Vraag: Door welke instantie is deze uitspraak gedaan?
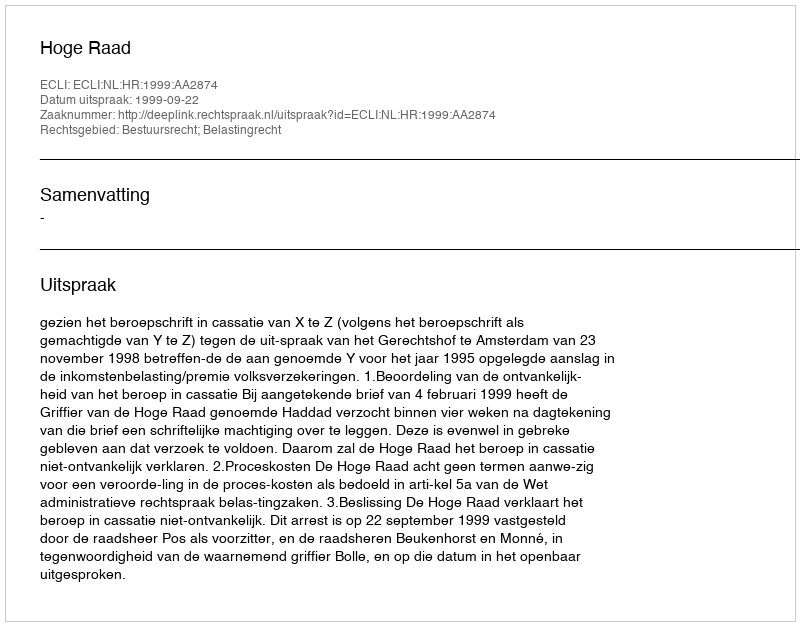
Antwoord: Hoge Raad